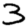
Digit: 3